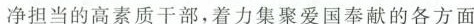
净担当的高素质干部，着力集聚爱国奉献的各方面